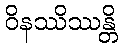
ဝိနဿိဿန္တိ